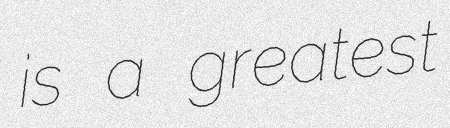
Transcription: is a greatest